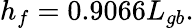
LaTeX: h_{f}=0.9066L_{gb}.